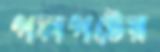
পলপটের